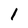
Character: 1